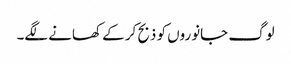
لوگ جانوروں کو ذبح کر کے کھانے لگے۔